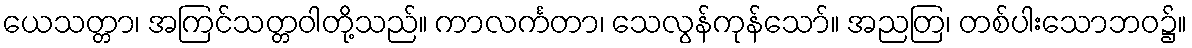
ယေသတ္တာ၊ အကြင်သတ္တဝါတို့သည်။ ကာလင်္ကတာ၊ သေလွန်ကုန်သော်။ အညတြ၊ တစ်ပါးသောဘဝ၌။